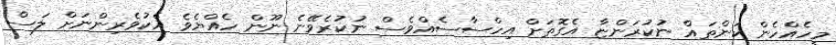
މީހެއްހެން ކަންތައް ނުކުރަންޏާ އެގޮތަށް އިހްސާސެއްވެސް ނުކުރެވޭނެ ނޫން ހެއްޔެވެ އެކުވެރިންނަށް ލަސް